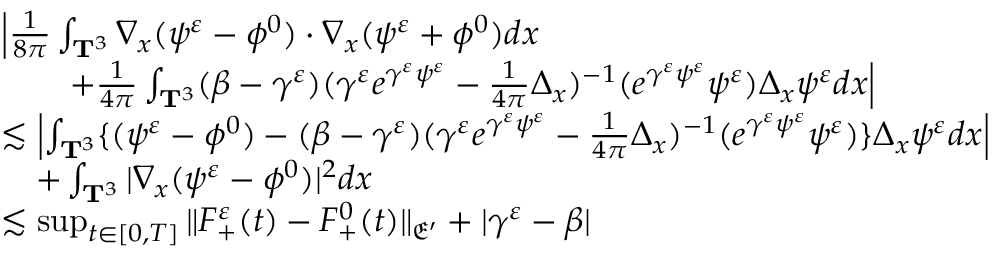
\begin{array} { r l } & { \Big | \frac { 1 } { 8 \pi } \int _ { \mathbf T ^ { 3 } } \nabla _ { x } ( \psi ^ { \varepsilon } - \phi ^ { 0 } ) \cdot \nabla _ { x } ( \psi ^ { \varepsilon } + \phi ^ { 0 } ) d x } \\ & { \quad \quad + \frac { 1 } { 4 \pi } \int _ { \mathbf T ^ { 3 } } ( \beta - \gamma ^ { \varepsilon } ) ( \gamma ^ { \varepsilon } e ^ { \gamma ^ { \varepsilon } \psi ^ { \varepsilon } } - \frac { 1 } { 4 \pi } \Delta _ { x } ) ^ { - 1 } ( e ^ { \gamma ^ { \varepsilon } \psi ^ { \varepsilon } } \psi ^ { \varepsilon } ) \Delta _ { x } \psi ^ { \varepsilon } d x \Big | } \\ & { \lesssim \left| \int _ { \mathbf T ^ { 3 } } \{ ( \psi ^ { \varepsilon } - \phi ^ { 0 } ) - ( \beta - \gamma ^ { \varepsilon } ) ( \gamma ^ { \varepsilon } e ^ { \gamma ^ { \varepsilon } \psi ^ { \varepsilon } } - \frac { 1 } { 4 \pi } \Delta _ { x } ) ^ { - 1 } ( e ^ { \gamma ^ { \varepsilon } \psi ^ { \varepsilon } } \psi ^ { \varepsilon } ) \} \Delta _ { x } \psi ^ { \varepsilon } d x \right| } \\ & { \quad + \int _ { \mathbf T ^ { 3 } } | \nabla _ { x } ( \psi ^ { \varepsilon } - \phi ^ { 0 } ) | ^ { 2 } d x } \\ & { \lesssim \operatorname* { s u p } _ { t \in [ 0 , T ] } \| F _ { + } ^ { \varepsilon } ( t ) - F _ { + } ^ { 0 } ( t ) \| _ { \mathfrak E ^ { \prime } } + | \gamma ^ { \varepsilon } - \beta | } \end{array}